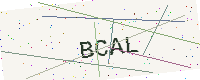
Text: BCAL